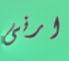
ارنى